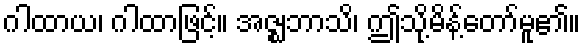
ဂါထာယ၊ ဂါထာဖြင့်။ အဇ္ဈဘာသိ၊ ဤသို့မိန့်တော်မူ၏။